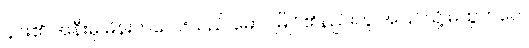
၄င်း၏ အနီးမှ မိန်းကလေးသည် မောင်မြိုင်၏နည်းတူ အပြင်သို့ မထွက်ပေ။